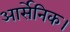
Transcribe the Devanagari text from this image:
आर्सेनिक।